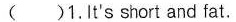
()1.It's short and fat.